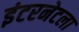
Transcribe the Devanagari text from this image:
इंटरनेटला